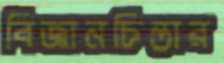
বিজ্ঞানচিন্তার